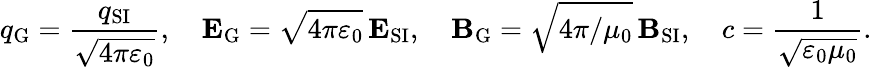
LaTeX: q_{\mathrm{G}}={\frac{q_{\mathrm{SI}}}{\sqrt{4\pi\varepsilon_{0}}}},\quad\mathbf{E}_{\mathrm{G}}={\sqrt{4\pi\varepsilon_{0}}}\, \mathbf{E}_{\mathrm{SI}},\quad\mathbf{B}_{\mathrm{G}}={\sqrt{4\pi/\mu_{0}}}\, {\mathbf{B}_{\mathrm{SI}}},\quad c={\frac{1}{\sqrt{\varepsilon_{0}\mu_{0}}}}.